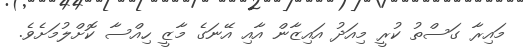
މައިރާ ގަސްތު ކުރީ މިއަދު އައިޒާން އާއި އޭނަގެ މާޒީ ހިއްސާ ކޮށްލުމަށެވެ.